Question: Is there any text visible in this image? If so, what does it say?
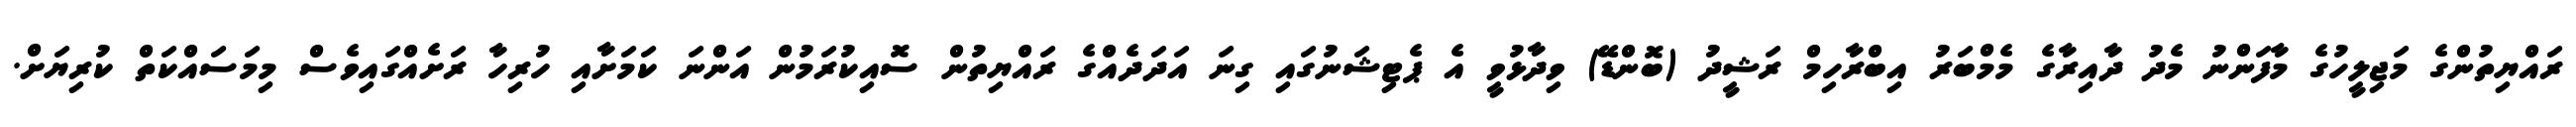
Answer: ރައްޔިތުންގެ މަޖިލީހުގެ މާފަންނު މެދު ދާއިރާގެ މެމްބަރު އިބްރާހިމް ރަޝީދު (ބޮންޑޭ) ވިދާޅުވީ އެ ޕެޓިޝަނުގައި ގިނަ އަދަދެއްގެ ރައްޔިތުން ސޮއިކުރަމުން އަންނަ ކަމަށާއި ހުރިހާ ރަށެއްގައިވެސް މިމަސައްކަތް ކުރިޔަށް.